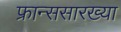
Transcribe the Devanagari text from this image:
फ्रान्ससारख्या